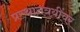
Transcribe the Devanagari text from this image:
प्रस्थानत्रयींवर